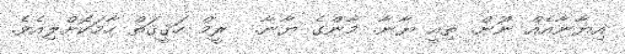
އިޔާނާއެއް ނޫން. ތިއީ ޔާނާ. މާންގެ ޔާނާ.  ރީމް ހަޤީޤަތް ހާމަކޮށްލިއެވެ.